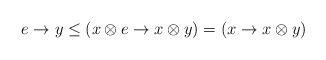
LaTeX: \begin{align*}e \to y \leq (x \otimes e \to x \otimes y)=(x \to x \otimes y)\end{align*}